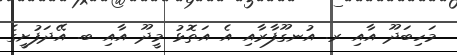
މަހިބަދޫ އާއި ރ. އުނގޫފާރާއި އެ އަތޮޅު މީދޫ އާއި ބ. އޭދަފުށީގެ